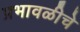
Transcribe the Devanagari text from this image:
प्रभावळीचे